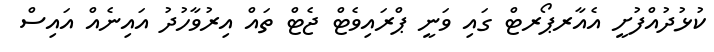
ކުޅުދުއްފުށީ އެއާރޕޯރޓް ގައި ވަނީ ޕްރައިވެޓް ޖެޓް ތައް އިރުވާހުދު އައިނެއް އައިސް